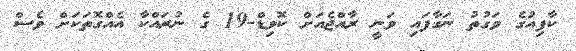
ކާފިއުގެ ވަގުތު ނަގާފައި ވަނީ ރާއްޖެއަށް ކޮވިޑް-19 ގެ ނުރައްކާ އެއްގޮތަކަށް ވެސް